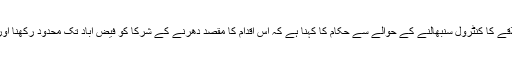
رینجرز کے فیض آباد کے علاقے کا کنٹرول سنبھالنے کے حوالے سے حکام کا کہنا ہے کہ اس اقدام کا مقصد دھرنے کے شرکا کو فیض آباد تک محدود رکھنا اور باقی شہر کو کلیئر کرانا ہے۔